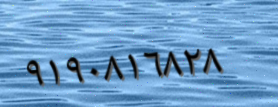
٩١٩٠٨١٦٨٢٨